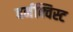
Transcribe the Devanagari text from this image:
बर्नक्विस्ट